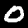
Label: 0